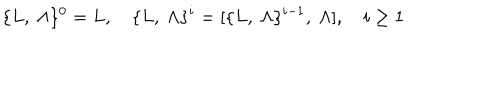
\{ L , \ \Lambda \} ^ { 0 } = L , \quad \{ L , \ \Lambda \} ^ { i } = [ \{ L , \ \Lambda \} ^ { i - 1 } , \ \Lambda ] , \quad i \ge 1 .